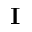
\mathbf { I }